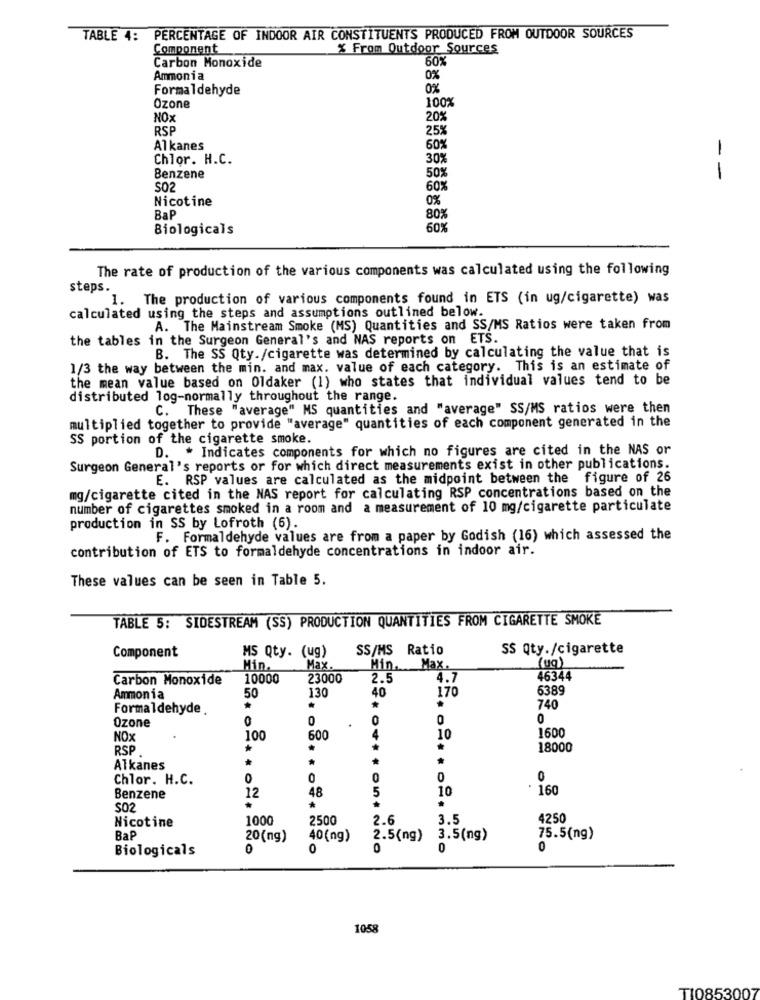
TABLE 4: PERCENTAGE OF INDOOR AIR CONSTITUENTS PRODUCED FROM OUTDOOR SOURCES
Component
% From Outdoor Sources
60%
Carbon Monoxide
Ammonia
0%
Formaldehyde
0%
100%
Ozone
NOX
20%
RSP
25%
Alkanes
60%
Chlor. H.C.
30%
Benzene
50%
--
so2
60%
Nicotine
0%
BaP
80%
Biologicals
60%
The rate of production of the various components was calculated using the following
steps.
1. The production of various components found in ETS (in ug/cigarette) was
calculated using the steps and assumptions outlined below.
A. The Mainstream Smoke (MS) Quantities and SS/MS Ratios were taken from
the tables in the Surgeon General's and NAS reports on ETS.
B. The SS Qty./cigarette was determined by calculating the value that is
1/3 the way between the min. and max. value of each category. This is an estimate of
the mean value based on Oldaker (1) who states that individual values tend to be
distributed log-normally throughout the range.
C. These "average" MS quantities and "average" SS/MS ratios were then
multiplied together to provide "average" quantities of each component generated in the
SS portion of the cigarette smoke.
D. * Indicates components for which no figures are cited in the NAS or
Surgeon General's reports or for which direct measurements exist in other publications.
E. RSP values are calculated as the midpoint between the figure of 26
mg/cigarette cited in the NAS report for calculating RSP concentrations based on the
number of cigarettes smoked in a room and a measurement of 10 mg/cigarette particulate
production in SS by Lofroth (6).
F. Formaldehyde values are from a paper by Godish (16) which assessed the
contribution of ETS to formaldehyde concentrations in indoor air.
These values can be seen in Table 5.
TABLE 5: SIDESTREAM (SS) PRODUCTION QUANTITIES FROM CIGARETTE SMOKE
SS/MS Ratio
SS Qty./cigarette
Component
MS Qty. (ug)
(ug)
Min.
Max.
Min.
Max.
Carbon Monoxide
10000
23000
2.5
4.7
46344
130
170
6389
Ammonia
50
40
Formaldehyde
*
*
740
0
0
0
Ozone
1600
NOx
100
500
4
10
RSP
.
18000
*
Alkanes
Chlor. H.C.
0
0
12
48
5
10
160
Benzene
S02
*
*
Nicotine
1000
2500
2.6
3.5
4250
BaP
20(ng)
40 (ng)
2.5(ng)
3.5(ng)
75.5(ng)
Biologicals
0
0
0
0
1058
TI0853007